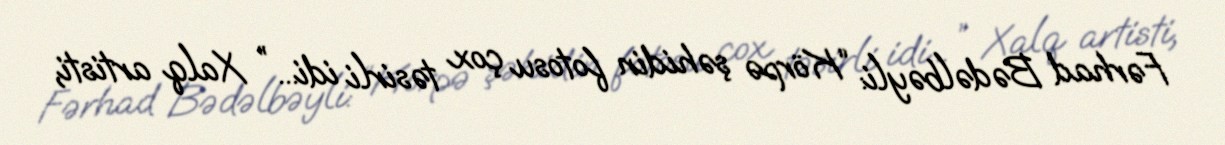
Fərhad Bədəlbəyli: “Körpə şəhidin fotosu çox təsirli idi... ” Xalq artisti,